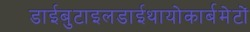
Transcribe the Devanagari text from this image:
डाईबुटाइलडाईथायोकार्बमेटों